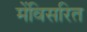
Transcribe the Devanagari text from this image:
मेंविसरित